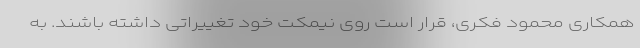
همکاری محمود فکری، قرار است روی نیمکت خود تغییراتی داشته باشند. به